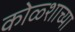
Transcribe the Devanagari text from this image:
कोळ्शाच्या